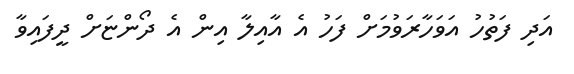
އަދި ފަތުހު އަވަހާރަވުމަށް ފަހު އެ އާއިލާ އިން އެ ދޯންޏަށް ދީފައިވާ